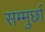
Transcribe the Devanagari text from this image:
सम्मुर्छा